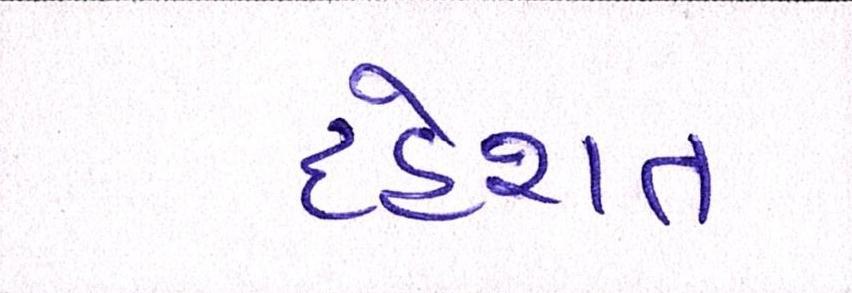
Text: દહેશત